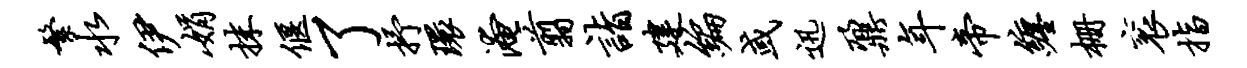
繁水伊娟抹偃了抒环淹翦诣建编或迅鼐年帝缠栅衮指